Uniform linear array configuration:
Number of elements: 16
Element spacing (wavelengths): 1
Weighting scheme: blackman
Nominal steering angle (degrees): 15
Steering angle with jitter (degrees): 14.492
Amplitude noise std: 0.05
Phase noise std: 0.05

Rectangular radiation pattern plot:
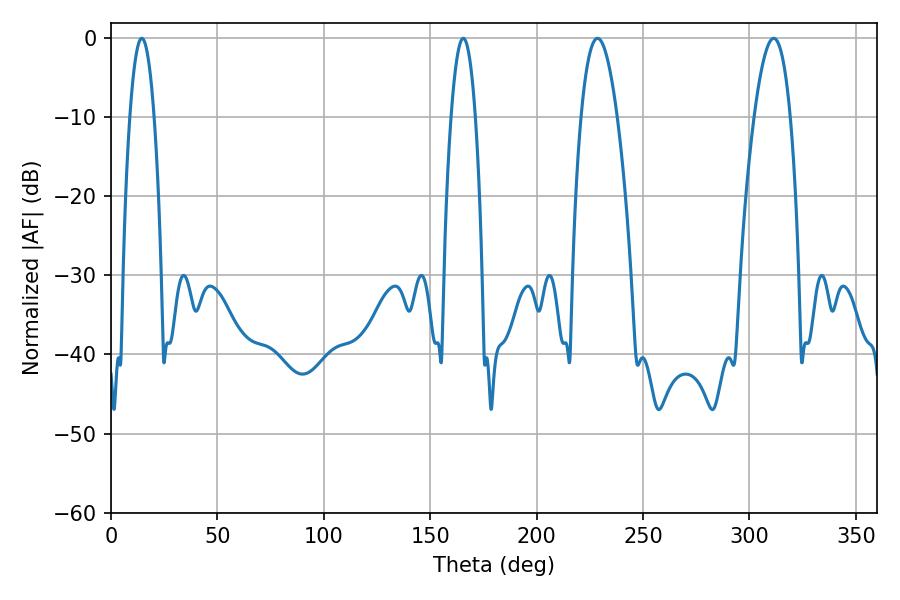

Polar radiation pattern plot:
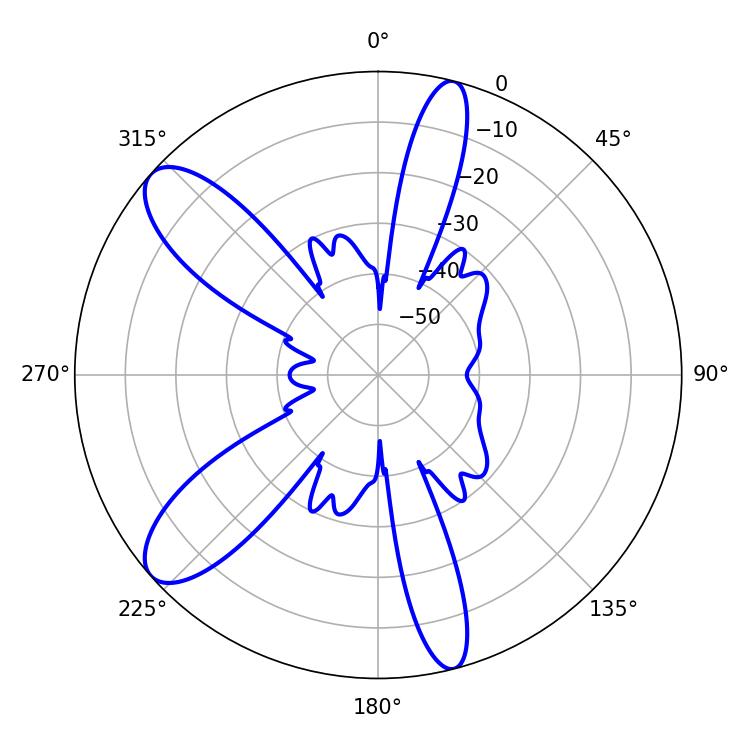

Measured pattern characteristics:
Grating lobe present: TRUE
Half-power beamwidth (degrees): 9.36
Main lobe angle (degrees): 228.6